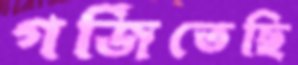
গর্জিতেছি